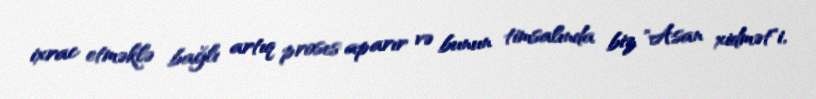
ixrac etməklə bağlı artıq proses aparır və bunun timsalında biz "Asan xidmət"i,